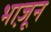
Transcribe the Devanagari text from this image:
भा़जून